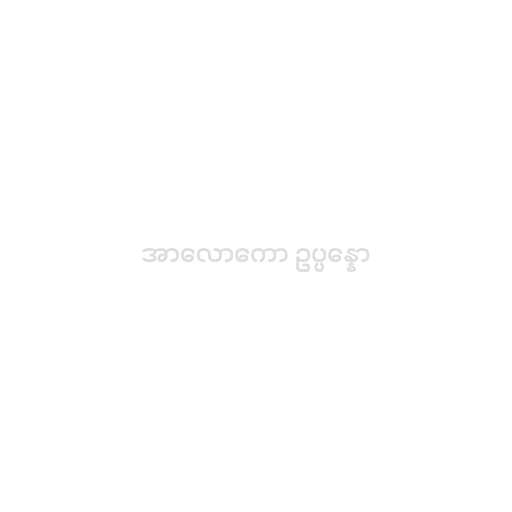
အာလောကော ဥပ္ပန္နော